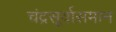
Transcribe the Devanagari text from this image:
चंद्रसूर्यासमान